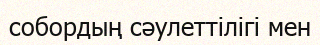
собордың сәулеттілігі мен